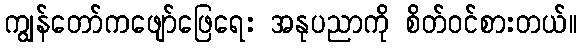
ကျွန်တော်ကဖျော်ဖြေရေး အနုပညာကို စိတ်ဝင်စားတယ်။